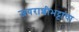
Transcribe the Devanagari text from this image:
जयराशीभट्टाचा